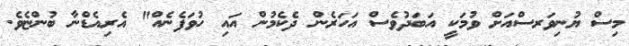
މިސް ޔުނިވަރސްއަށް ވުމަކީ އަބަދުވެސް އަހަރެން ދެކެމުން އައި ހުވަފެނެއް" އެރިއެޑްނާ ބުންޏެވެ.